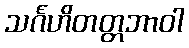
သင်္ဂဟိတတ္တဘာဝါ